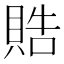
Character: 𬥘